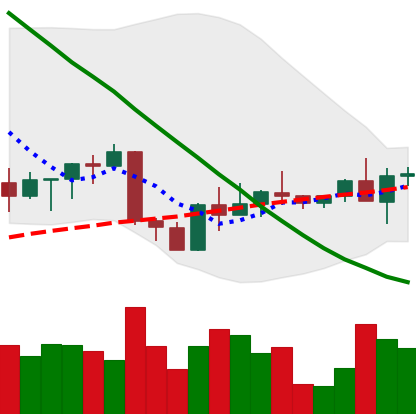
Ticker: ETH-USD
Chart end date: 2022-09-08
Forward return: -3.336%
Label: down_3_5